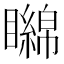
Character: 矊